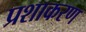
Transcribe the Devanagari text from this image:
प्रशाकरण